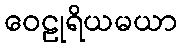
ဝေဠုရိယမယာ